Election expenses, 1914, 1914
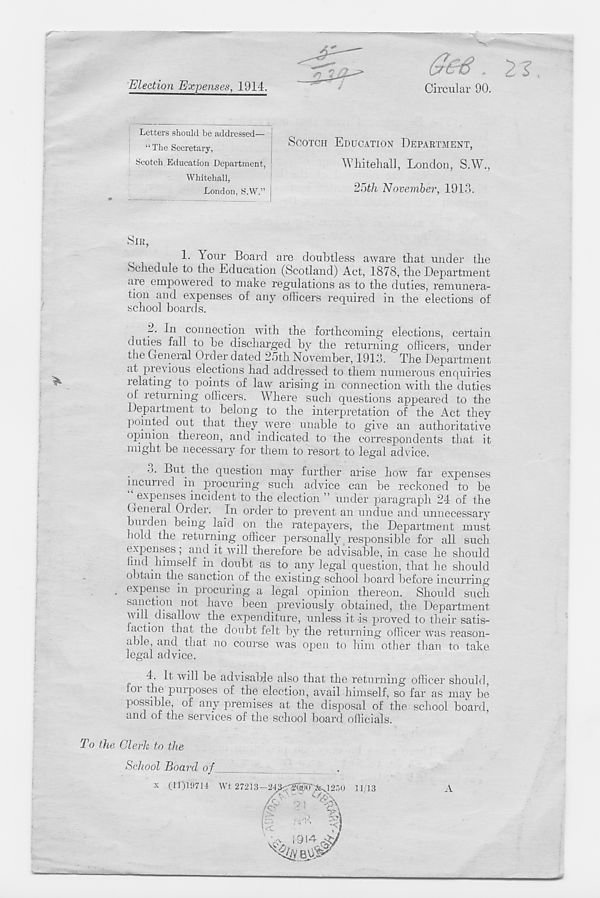
(jr&6 , 2
Election Expenses, 1914.
Circular 90.
Letters should be addressed—
“ The Secretary,
SCOTCH EDUCATION DEPARTMENT,
Whitehall, London, S.W.
2oth November, 1913.
Scotch Education Department,
Whitehall,
London, S.W.”
SIR,
1- Your Board are doubtless aware that under the
Schedule to the Education (Scotland) Act, 1878, the Department
aie empowered to make regulations as to the duties, remunera-
tion and expenses of any officers required in the elections of
school boards.
d. In connection with the forthcoming elections, certain
duties fall to be discharged by the returning officers, under
the Geneial Order dated 25th November, 1918. The Department
at previous elections had addressed to them numerous enquiries
relating to points of law arising in connection with the duties
o! returning officers. Where such questions appeared to the
Department to belong to the interpretation of the Act they
pointed out that they were unable to give an authoritative
opinion thereon, and indicated to the correspondents that it
might be necessary for them to resort to legal advice.
3. But the question may further arise how far expenses
incurred in procuring such advice can be reckoned to be
expenses incident to the election ” under paragraph 24 of the
General Order. In order to prevent an undue and unnecessary
buiden being laid on the ratepayers, the Department must
hold the returning officer personally responsible for all such
expenses, and it will therefore be advisable, in case he should
Jind himself in doubt as to any legal question, that he should
obtain the sanction of the existing school board before incurring
• ex P ense i n procuring a legal opinion thereon. Should such
sanction not have been previously obtained, the Department
will disallow the expenditure, unless it is proved to their satis-
iaction that the doubt felt by the returning officer was reason-
able, and that no course was open to him other than to take
legal advice.
4. It will be advisable also that the returning officer should,
oi the purposes of the election, avail himself, so far as may be
possible, of any premises at the disposal of the school board
and of the services of the school board officials.
the Clerk to the
School Board of
A